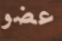
عضو